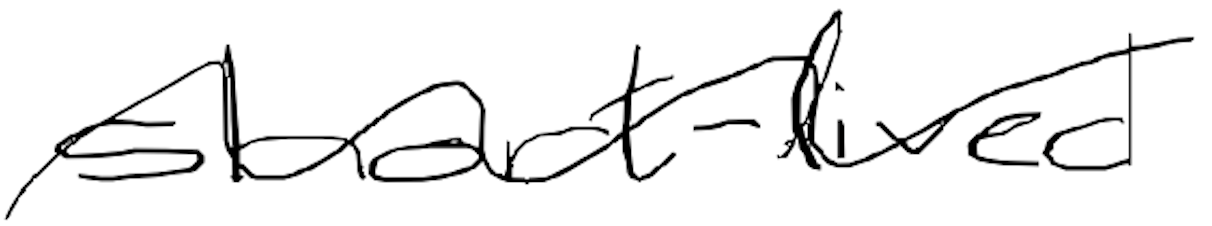
Text: short-lived
Cross-out: wave
Writing tool: digital_black